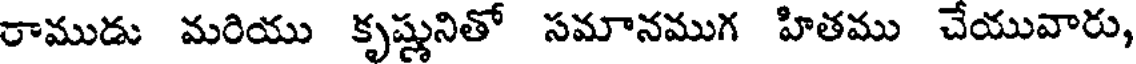
రాముడు మరియు కృష్ణునితో సమానముగ హితము చేయువారు,